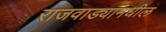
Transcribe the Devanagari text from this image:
राजवाड्यामधील